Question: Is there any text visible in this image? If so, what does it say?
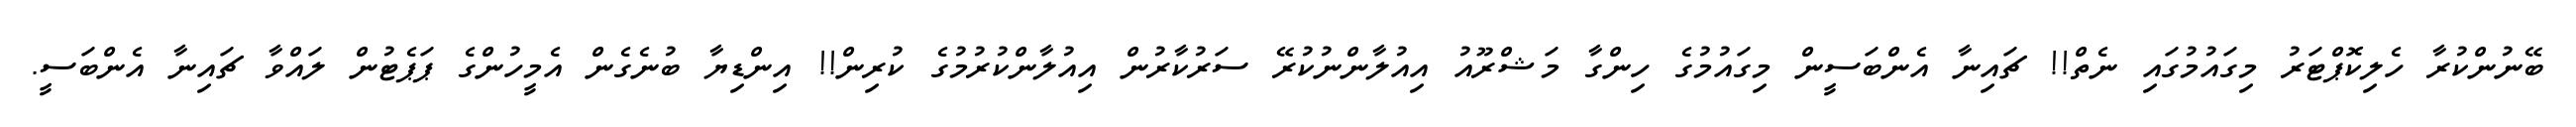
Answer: ބޭނުންކުރާ ހެލިކޮޕްޓަރު މިގައުމުގައި ނެތް!! ޗައިނާ އެންބަސީން މިގައުމުގެ ހިންގާ މަޝްރޫއު އިއުލާންނުކުރޭ ސަރުކާރުން އިއުލާންކުރުމުގެ ކުރިން!! އިންޑިޔާ ބުނެގެން އެމީހުންގެ ޕަޕެޓުން ލައްވާ ޗައިނާ އެންބަސީ.